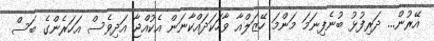
އޭރުން... ދަރިފުޅު ބުނެފިނަމަ މަންމަ ހޭޒަލްއާ ވާހަކަދައްކާނަން އެކުއްޖާ އަދިވެސް އަހަރެންގެ ބަސް